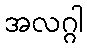
အလဂ္ဂါ